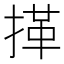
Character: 𢯹